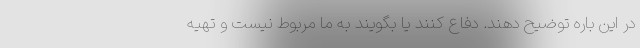
در این باره توضیح دهند. دفاع کنند یا بگویند به ما مربوط نیست و تهیه